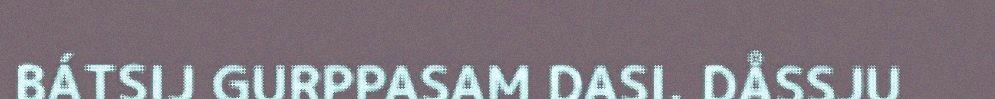
BÁTSIJ GURPPASAM DASI. DÅSSJU